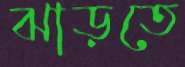
ঝাড়তে